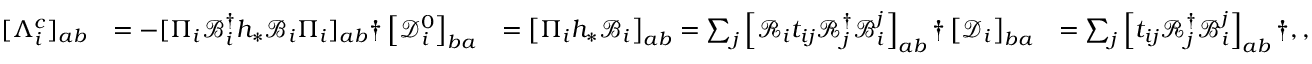
\begin{array} { r l r l } { [ \Lambda _ { i } ^ { c } ] _ { a b } } & { = - [ \Pi _ { i } \mathcal { B } _ { i } ^ { \dagger } h _ { * } \mathcal { B } _ { i } \Pi _ { i } ] _ { a b } \dag \left[ \mathcal { D } _ { i } ^ { 0 } \right] _ { b a } } & { = \left[ \Pi _ { i } h _ { * } \mathcal { B } _ { i } \right] _ { a b } = \sum _ { j } \left[ \mathcal { R } _ { i } t _ { i j } \mathcal { R } _ { j } ^ { \dagger } \mathcal { B } _ { i } ^ { j } \right] _ { a b } \dag \left[ \mathcal { D } _ { i } \right] _ { b a } } & { = \sum _ { j } \left[ t _ { i j } \mathcal { R } _ { j } ^ { \dagger } \mathcal { B } _ { i } ^ { j } \right] _ { a b } \dag , , } \end{array}